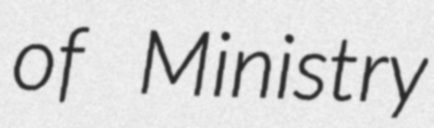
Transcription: of Ministry